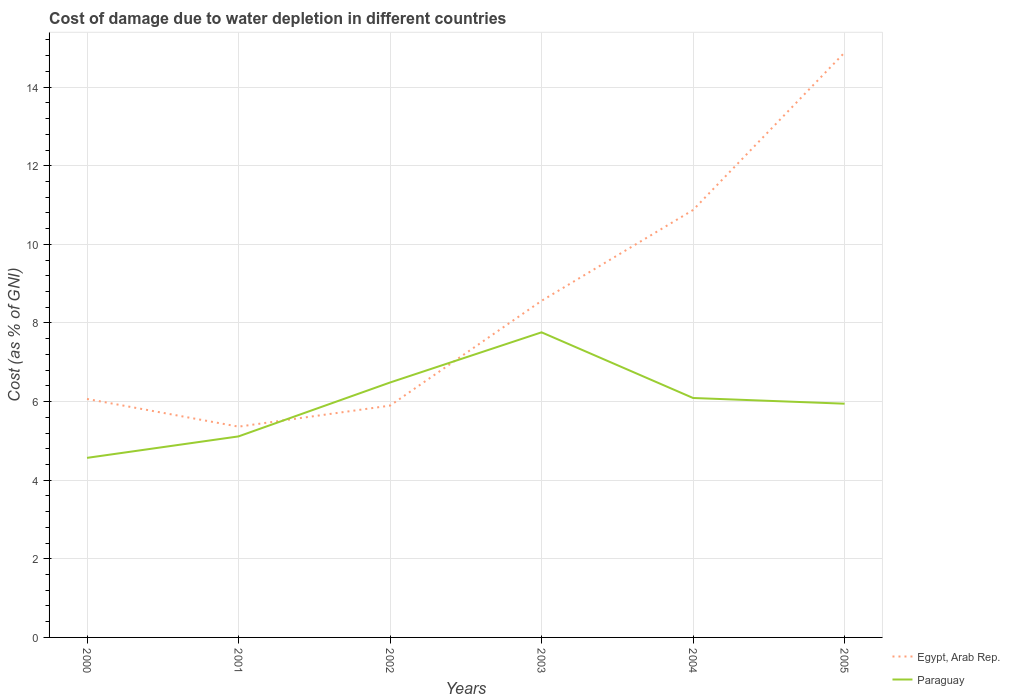
| Years | Egypt, Arab Rep. | Paraguay |
 | --- | --- | --- |
 | 2000 | 6.07 | 4.57 |
 | 2001 | 5.36 | 5.11 |
 | 2002 | 5.9 | 6.49 |
 | 2003 | 8.56 | 7.76 |
 | 2004 | 10.9 | 6.09 |
 | 2005 | 14.9 | 5.95 |